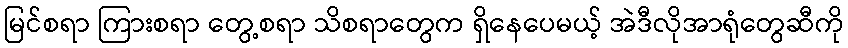
မြင်စရာ ကြားစရာ တွေ့စရာ သိစရာတွေက ရှိနေပေမယ့် အဲဒီလိုအာရုံတွေဆီကို